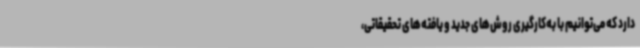
دارد که می‌توانیم با به‌کارگیری روش‌های جدید و یافته‌های تحقیقاتی،